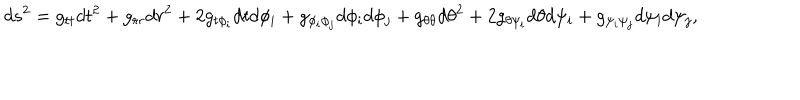
d s ^ { 2 } = g _ { t t } d t ^ { 2 } + g _ { r r } d r ^ { 2 } + 2 g _ { t \phi _ { i } } d t d \phi _ { i } + g _ { \phi _ { i } \phi _ { j } } d \phi _ { i } d \phi _ { j } + g _ { \theta \theta } d \theta ^ { 2 } + 2 g _ { \theta \psi _ { i } } d \theta d \psi _ { i } + g _ { \psi _ { i } \psi _ { j } } d \psi _ { i } d \psi _ { j } ,